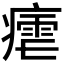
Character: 𭼠